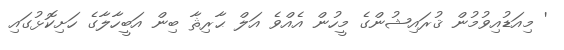
' މިއަޑުއިވުމުން ޤުރައިޝުންގެ މީހުން އެއްވެ އަލް ޙާރިޘާ ބިން އަބީހާލާގެ ހަށިކޮޅުގައި